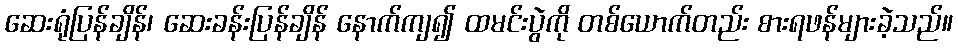
ဆေးရုံပြန်ချိန်၊ ဆေးခန်းပြန်ချိန် နောက်ကျ၍ ထမင်းပွဲကို တစ်ယောက်တည်း စားရဖန်များခဲ့သည်။